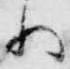
為